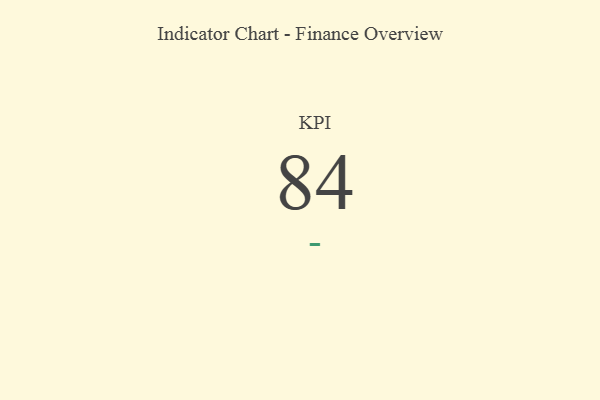
{"axis": {"x": "KPI", "y": "Value"}, "legend": [""], "data": [{"x": "KPI", "y": 84, "type": ""}]}